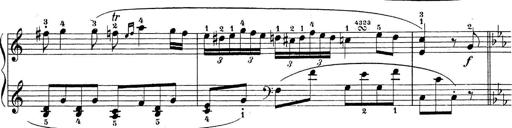
Title: Sonatina Album
Composer: Louis KÃ¶hler